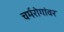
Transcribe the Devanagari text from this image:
चर्मरोगांवर